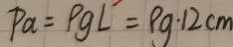
P a = P g L = p g \cdot 1 2 c m